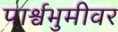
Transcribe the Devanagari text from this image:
पार्श्वभुमीवर